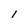
Character: I